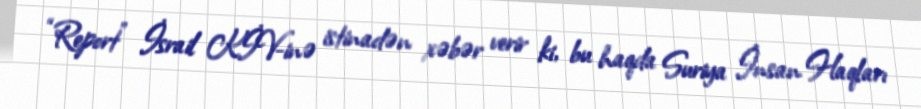
“Report” İsrail KİV-inə istinadən xəbər verir ki, bu haqda Suriya İnsan Haqları